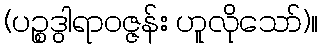
(ပဉ္စဒွါရာဝဇ္ဇန်း ဟူလိုသော်)။